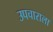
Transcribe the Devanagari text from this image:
उपचाराला